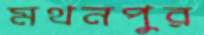
মথনপুর